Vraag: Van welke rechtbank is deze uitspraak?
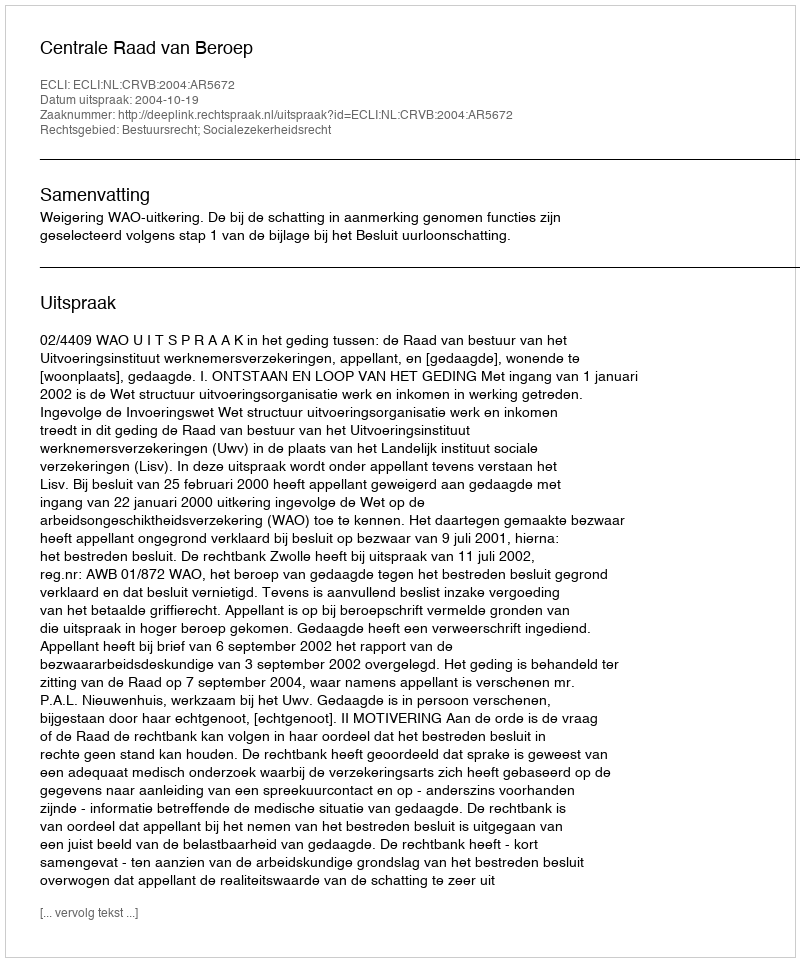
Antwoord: Centrale Raad van Beroep